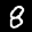
Label: 8